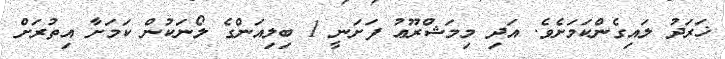
ޚަރަދު ލައިގެންކަމަށެވެ. އަދި މިމަޝްރޫޢު ފަށަނީ 1 ބިލިއަންގެ ލޯނަކުން ކަމަށާ އިތުރަށް